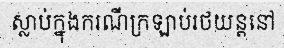
ស្លាប់ក្នុងករណីក្រឡាប់រថយន្តនៅ